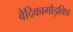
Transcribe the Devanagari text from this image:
वैदिकागौड़विप्र